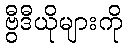
ဗွီဒီယိုများကို